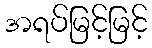
အရပ်မြင့်မြင့်